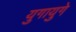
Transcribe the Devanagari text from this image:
युगायुगे